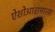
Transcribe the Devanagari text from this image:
ऐशोआरामाला